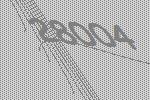
28004